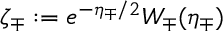
\zeta _ { \mp } : = e ^ { - \eta _ { \mp } / 2 } W _ { \mp } ( \eta _ { \mp } )